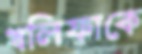
খলিফাকে